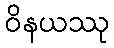
ဝိနယဿု